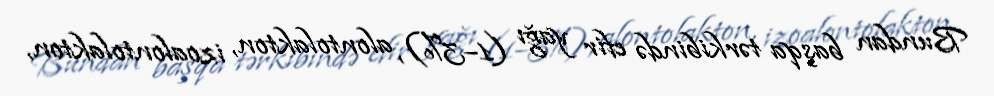
Bundan başqa tərkibində efir yağı (1–3%), alontolakton, izoalontolakton,